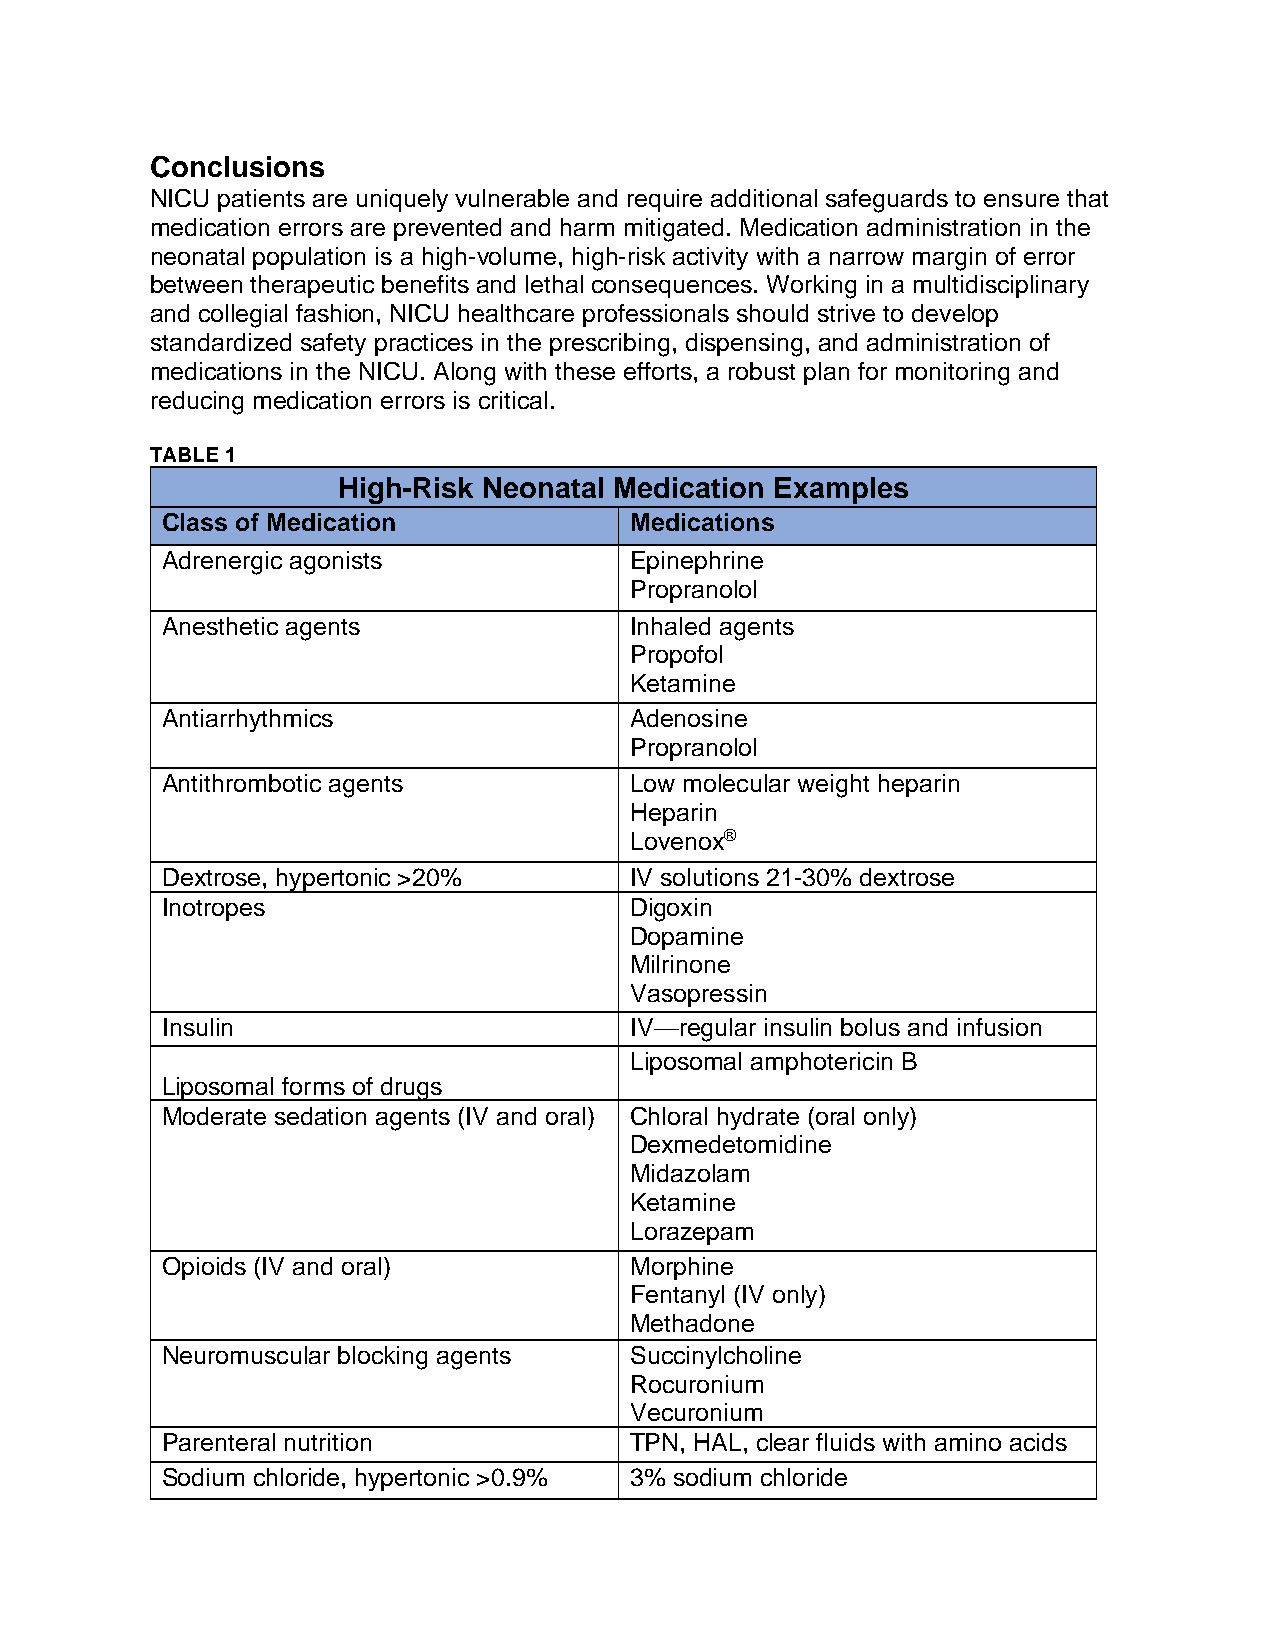
Conclusions
 NICU patients are uniquely vulnerable and require additional safeguards to ensure that
 medication errors are prevented and harm mitigated. Medication administration in the
 neonatal population is a high-volume, high-risk activity with a narrow margin of error
 between therapeutic benefits and lethal consequences. Working in a multidisciplinary
 and collegial fashion, NICU healthcare professionals should strive to develop
 standardized safety practices in the prescribing, dispensing, and administration of
 medications in the NICU. Along with these efforts, a robust plan for monitoring and
 reducing medication errors is critical.
 TABLE 1
 High-Risk Neonatal Medication Examples
 Class of Medication            Medications
 Adrenergic agonists            Epinephrine
 Propranolol
 Anesthetic agents              Inhaled agents
 Propofol
 Ketamine
 Antiarrhythmics                Adenosine
 Propranolol
 Antithrombotic agents          Low molecular weight heparin
 Heparin
 Lovenox®
 Dextrose, hypertonic >20%      IV solutions 21-30% dextrose
 Inotropes                      Digoxin
 Dopamine
 Milrinone
 Vasopressin
 Insulin                        IV—regular insulin bolus and infusion
 Liposomal amphotericin B
 Liposomal forms of drugs
 Moderate sedation agents (IV and oral) Chloral hydrate (oral only)
 Dexmedetomidine
 Midazolam
 Ketamine
 Lorazepam
 Opioids (IV and oral)          Morphine
 Fentanyl (IV only)
 Methadone
 Neuromuscular blocking agents  Succinylcholine
 Rocuronium
 Vecuronium
 Parenteral nutrition           TPN, HAL, clear fluids with amino acids
 Sodium chloride, hypertonic >0.9% 3% sodium chloride